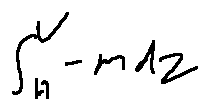
\int \limits _ { H } ^ { v } - m d z